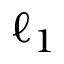
\ell _ { 1 }